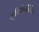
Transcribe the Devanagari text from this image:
सुविधेव्यतिरिक्त